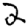
Digit: 2